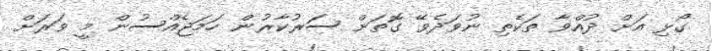
ގޯޅި އަށް ދުއްވާ ތަކެތި ނުވަދެވޭ ގޮތަށް ސަރުކާރުން ހަމަޖެއްސުން މީ ވަރަށް